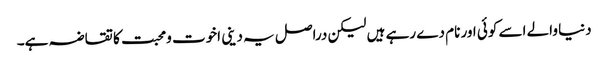
دنیا والے اسے کوئی اور نام دے رہے ہیں لیکن دراصل یہ دینی اخوت ومحبت کا تقاضہ ہے۔